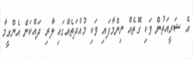
އެ ޝަރީއަތުން ވަކި ގޮތެއް ނިންމާފައި ވަކި މުއްދަތެއްގައި ލާރި ދައްކަން އެންގީމާ